Civil Veterinary Department Bihar & Orissa reports 1929-36 - 1929-1936
Year: 1929
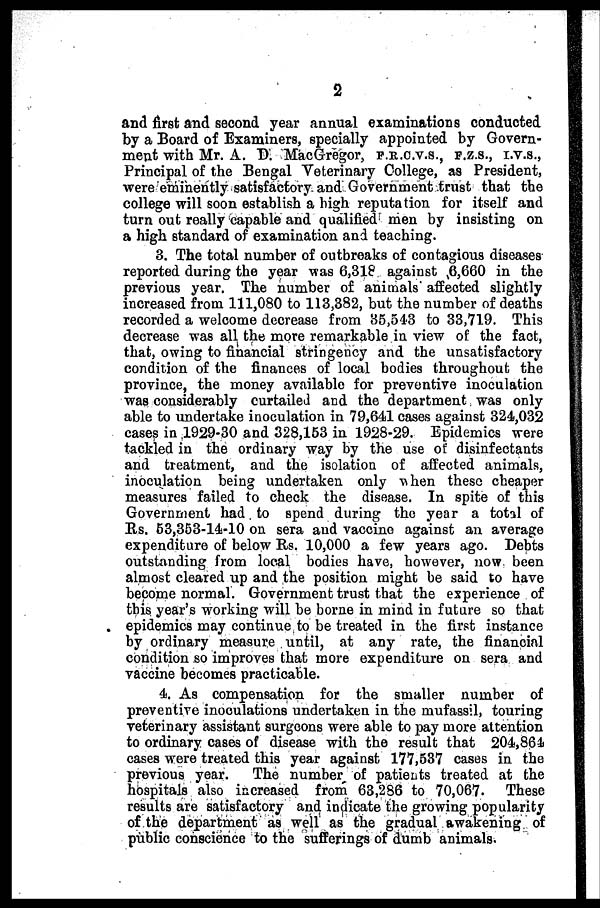
2
and first and second year annual examinations conducted
by a Board of Examiners, specially appointed by Govern-
ment with Mr. A. D. MacGregor, F.R.C.V.S., F.Z.S., I.V.S.,
Principal of the Bengal Veterinary College, as President,
were eminently satisfactory and Government trust that the
college will soon establish a high reputation for itself and
turn out really capable and qualified men by insisting on
a high standard of examination and teaching.
3. The total number of outbreaks of contagious diseases
reported during the year was 6,318 against 6,660 in the
previous year. The number of animals affected slightly
increased from 111,080 to 113,382, but the number of deaths
recorded a welcome decrease from 35,543 to 33,719. This
decrease was all the more remarkable in view of the fact,
that, owing to financial stringency and the unsatisfactory
condition of the finances of local bodies throughout the
province, the money available for preventive inoculation
was considerably curtailed and the department was only
able to undertake inoculation in 79,641 cases against 324,032
cases in 1929-30 and 328,153 in 1928-29. Epidemics were
tackled in the ordinary way by the use of disinfectants
and treatment, and the isolation of affected animals,
inoculation being undertaken only when these cheaper
measures failed to check the disease. In spite of this
Government had to spend during the year a total of
Rs. 53,353-14-10 on sera and vaccine against an average
expenditure of below Rs. 10,000 a few years ago. Debts
outstanding from local bodies have, however, now been
almost cleared up and the position might be said to have
become normal. Government trust that the experience of
this year's working will be borne in mind in future so that
epidemics may continue to be treated in the first instance
by ordinary measure until, at any rate, the financial
condition so improves that more expenditure on sera and
vaccine becomes practicable.
4. As compensation for the smaller number of
preventive inoculations undertaken in the mufassil, touring
veterinary assistant surgeons were able to pay more attention
to ordinary cases of disease with the result that 204,861
cases were treated this year against 177,537 cases in the
previous year.
The number of patients treated at the
hospitals also increased from 63,286 to 70,067. These
results are satisfactory and indicate the growing popularity
of the department as well as the gradual awakening of
public conscience to the sufferings of dumb animals.